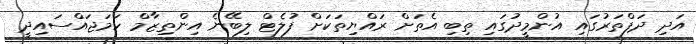
އަދި ދަފްތަރުގައި އުންމީދުގައި ތިބި އެތަށް ރައްޔިތަކަށް ފުލެޓް ލިބޭނެ އިންތިޒާމް ހަމަޖައްސައިދީ